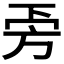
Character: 𣃟